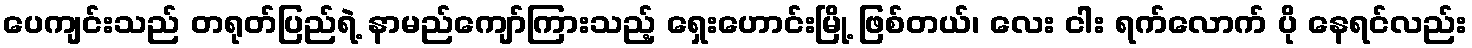
ပေကျင်းသည် တရုတ်ပြည်ရဲ့ နာမည်ကျော်ကြားသည့် ရှေးဟောင်းမြို့ ဖြစ်တယ်၊ လေး ငါး ရက်လောက် ပို နေရင်လည်း